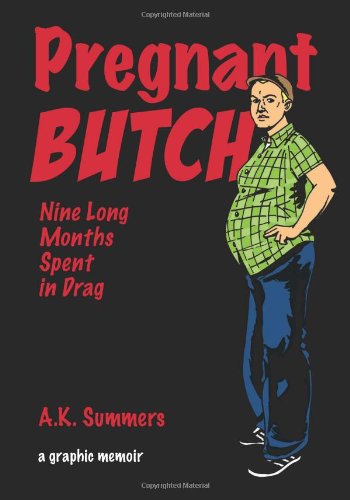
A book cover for Pregnant Butch: Nine Long Months Spent in Drag; A. K. Summers; Comics & Graphic Novels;